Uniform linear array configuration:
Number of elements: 64
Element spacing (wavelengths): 0.75
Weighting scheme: blackman
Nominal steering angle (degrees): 60
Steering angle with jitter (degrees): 60.472
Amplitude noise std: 0.05
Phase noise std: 0.05

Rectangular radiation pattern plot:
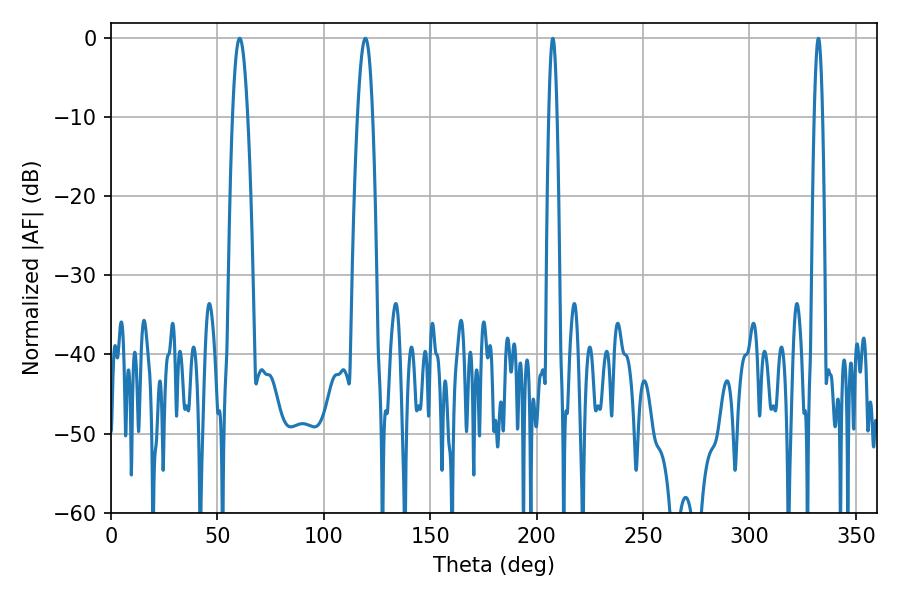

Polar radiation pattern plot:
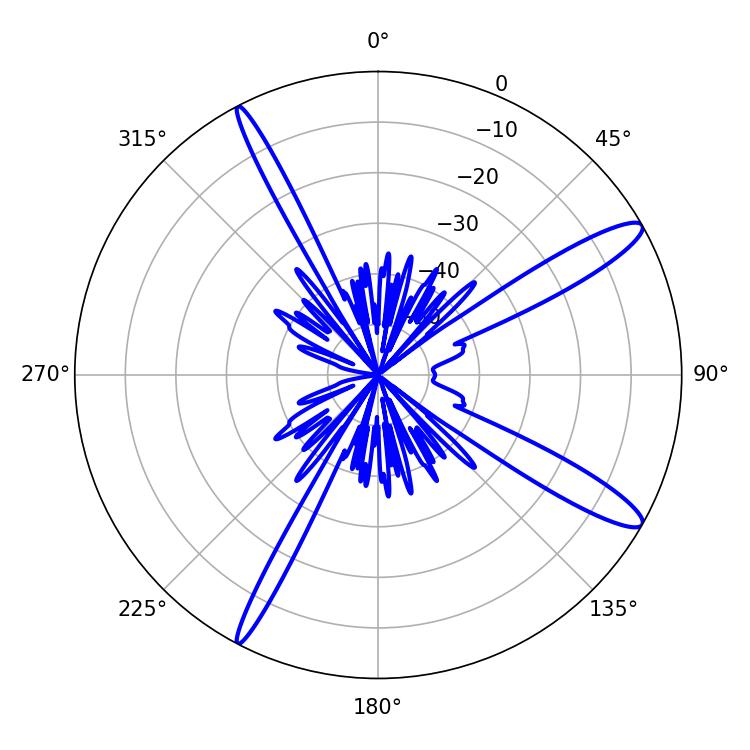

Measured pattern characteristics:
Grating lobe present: TRUE
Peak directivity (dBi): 13.409
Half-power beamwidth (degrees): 3.96
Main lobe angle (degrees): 60.48